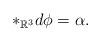
LaTeX: \begin{align*}\ast_{\mathbb{R}^3} d\phi=\alpha.\end{align*}